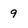
Character: 9